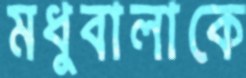
মধুবালাকে